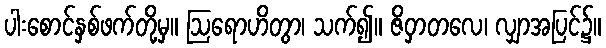
ပါးစောင်နှစ်ဖက်တို့မှ။ ဩရောဟိတွာ၊ သက်၍။ ဇိဝှာတလေ၊ လျှာအပြင်၌။